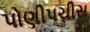
પોણીપચીસ